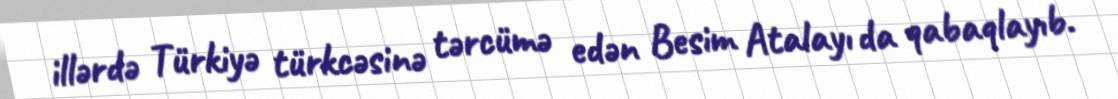
illərdə Türkiyə türkcəsinə tərcümə edən Besim Atalayı da qabaqlayıb.